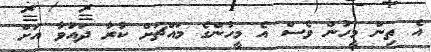
އެ ތިން މީހުން ވެސް އެ މީހުންގެ މައްޗަށް ކުރާ ދައުވާ އަށް